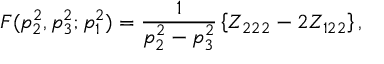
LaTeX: F ( p _ { 2 } ^ { 2 } , p _ { 3 } ^ { 2 } ; p _ { 1 } ^ { 2 } ) = \frac { 1 } { p _ { 2 } ^ { 2 } - p _ { 3 } ^ { 2 } } \left\{ Z _ { 2 2 2 } - 2 Z _ { 1 2 2 } \right\} ,